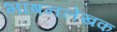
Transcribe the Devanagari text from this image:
भाषनलेखक